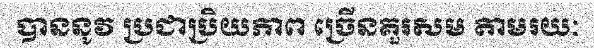
បាននូវ ប្រជាប្រិយភាព ច្រើនគួរសម តាមរយៈ